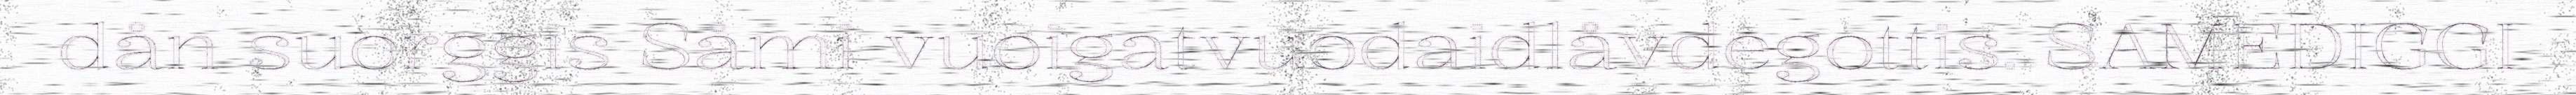
dån suorggis Såmi vuoigatvuodaidlåvdegottis. SAMEDIGGI